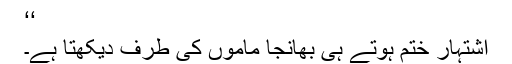
‘‘
اشتہار ختم ہوتے ہی بھانجا ماموں کی طرف دیکھتا ہے۔